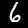
Label: 6